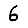
Digit: 6